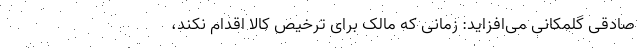
صادقی گلمکانی می‌افزاید: زمانی که مالک برای ترخیص کالا اقدام نکند،